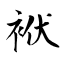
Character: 袱